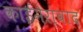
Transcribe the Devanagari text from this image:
काईमेरावाद